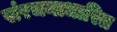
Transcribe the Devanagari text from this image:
संरचनाधारित